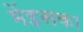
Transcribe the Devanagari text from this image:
मेंइसका